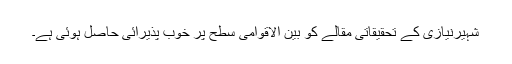
شہیرنیازی کے تحقیقاتی مقالے کو بین الاقوامی سطح پر خوب پذیرائی حاصل ہوئی ہے۔